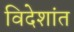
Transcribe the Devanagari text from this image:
विदेशांत